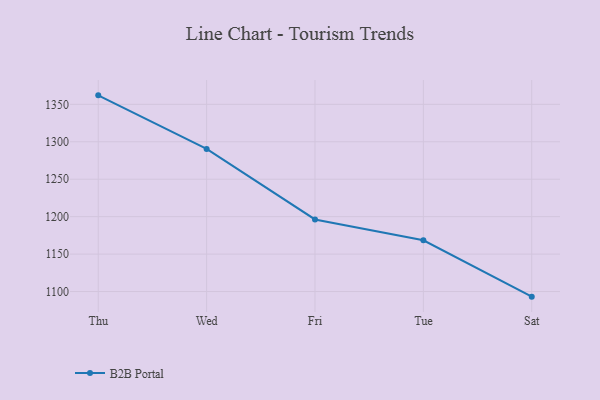
{"axis": {"x": "Day", "y": "Active Users"}, "legend": ["B2B Portal"], "data": [{"x": "Thu", "y": 1362.0, "type": "B2B Portal"}, {"x": "Wed", "y": 1290.4, "type": "B2B Portal"}, {"x": "Fri", "y": 1196.3, "type": "B2B Portal"}, {"x": "Tue", "y": 1168.5, "type": "B2B Portal"}, {"x": "Sat", "y": 1093.2, "type": "B2B Portal"}]}